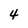
Character: 4